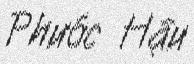
Phước Hậu